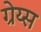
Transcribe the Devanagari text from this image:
ग्रेय्स